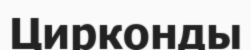
Цирконды